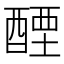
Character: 𬪭